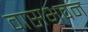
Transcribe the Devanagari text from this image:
वासभवन